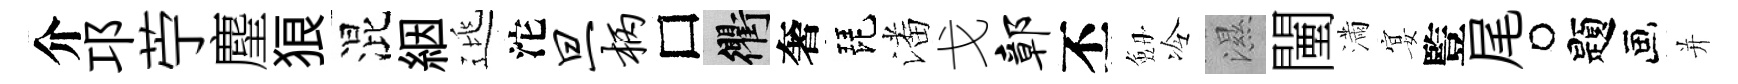
介邛苧麈狼混絪逃沱旦柄□衢奢琵潘戈鄣丕劔冷濕闉滿宴䜿尾题并